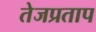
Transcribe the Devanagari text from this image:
तेजप्रताप